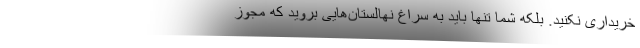
خریداری نکنید. بلکه شما تنها باید به سراغ نهالستان‌هایی بروید که مجوز